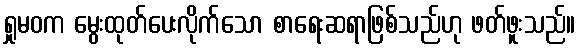
ရှုမဝက မွေးထုတ်ပေးလိုက်သော စာရေးဆရာဖြစ်သည်ဟု ဖတ်ဖူးသည်။